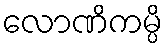
လောဏိကမ္ပိ